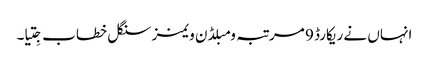
انہاں نے ریکارڈ 9 مرتبہ ومبلڈن ویمنز سنگل خطاب جِتیا۔